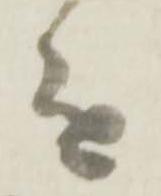
を